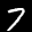
Label: 7